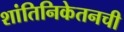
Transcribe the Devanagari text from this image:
शांतिनिकेतनची